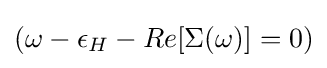
(\omega -\epsilon _{H}-Re[\Sigma (\omega )]=0)